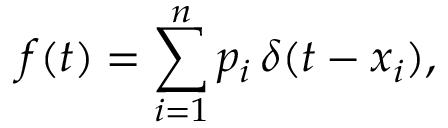
f ( t ) = \sum _ { i = 1 } ^ { n } p _ { i } \, \delta ( t - x _ { i } ) ,